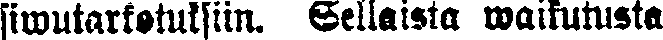
siwutarkoituksiin. Sellaista waikutusta